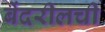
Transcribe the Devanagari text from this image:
बेंदरीलची